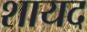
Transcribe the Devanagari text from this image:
शायद